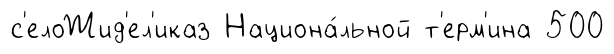
с'елоЖид'ел'иказ Национа́льной т'ерм'ина 500